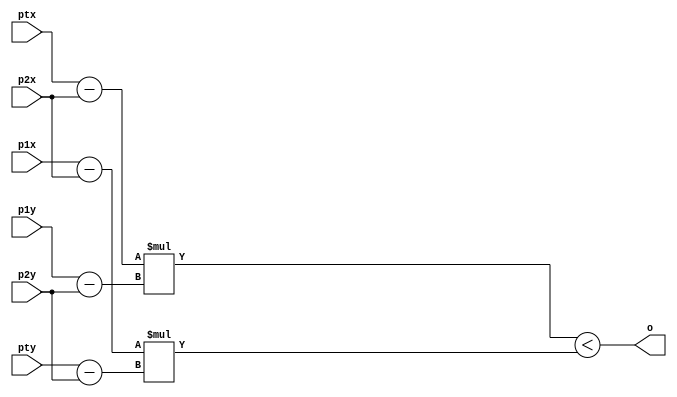
// Trabalho 7 - Update
module sign(
	input [11:0]ptx,
	input [11:0]pty,
	input [11:0]p1x,
	input [11:0]p1y,
	input [11:0]p2x,
	input [11:0]p2y,
	output o
	);
	wire signed [11:0] a1;
	wire signed [11:0] a2;
	wire signed [11:0] a3;
	wire signed [11:0] a4;
	wire signed [23:0] m1;
	wire signed [23:0] m2;

	assign a1 = ptx - p2x;
	assign a2 = p1y - p2y;
	assign a3 = p1x - p2x;
	assign a4 = pty - p2y;
	assign m1 = a1 * a2;
	assign m2 = a3 * a4;
	assign o = m1 < m2;

endmodule

module ROM(
	input [4:0]end_triangulo,
	output [11:0]p1x,
	output [11:0]p1y,
	output [11:0]p2x,
	output [11:0]p2y,
	output [11:0]p3x,
	output [11:0]p3y
);

	reg [11:0]p1x_r;
	reg [11:0]p1y_r;
	reg [11:0]p2x_r;
	reg [11:0]p2y_r;
	reg [11:0]p3x_r;
	reg [11:0]p3y_r;

	assign p1x = p1x_r;
	assign p1y = p1y_r;
	assign p2x = p2x_r;
	assign p2y = p2y_r;
	assign p3x = p3x_r;
	assign p3y = p3y_r;

	always @(end_triangulo) begin
		case(end_triangulo)
			0:begin
				p1x_r <= 23;
				p1y_r <= 79;
				p2x_r <= 15;
				p2y_r <= 68;
				p3x_r <= 36;
				p3y_r <= 94;
			end
			1:begin
				p1x_r <= 23;
				p1y_r <= 34;
				p2x_r <= 55;
				p2y_r <= 31;
				p3x_r <= 96;
				p3y_r <= 45;
			end
			2:begin
				p1x_r <= 77;
				p1y_r <= 32;
				p2x_r <= 15;
				p2y_r <= 88;
				p3x_r <= 36;
				p3y_r <= 46;
			end
		endcase
	end
	
endmodule
module video_1(
	input clk,
	input w,
	input [11:0]end_x,
	input [11:0]end_y,
	input data,
	output saida
);
	
	reg memoria_video_1 [0:479] [0:639];
	reg saida_r;
	assign saida = memoria_video_1 [end_x][end_y];
	always @(posedge clk)begin
		if (w == 1) memoria_video_1 [end_x][end_y] = data;
		//$display("Gravou");
		
	end
endmodule
//module newTrab7(input CLOCK_50);
module newTrab7;
	
	reg clk = 0;
	reg write = 1;

	reg [11:0]p1x;
	reg [11:0]p1y;
	reg [11:0]p2x;
	reg [11:0]p2y;
	reg [11:0]p3x;
	reg [11:0]p3y;
	
	reg [11:0]ptx;
	reg [11:0]pty;

	reg [11:0]i;
	reg [11:0]j;
	
	wire [11:0]ptx_w;
	wire [11:0]pty_w;
	wire [11:0]p1x_w;
	wire [11:0]p1y_w;
	wire [11:0]p2x_w;
	wire [11:0]p2y_w;
	wire [11:0]p3x_w;
	wire [11:0]p3y_w;	

	reg [3:0]count = 0;
	reg [4:0]end_triangulo = 0;
	wire P1, P2, P3;
	reg saida;
	wire data;

	reg pode_ler = 0;

	sign Pt1(ptx, pty, p1x, p1y, p2x, p2y, P1);
	sign Pt2(ptx, pty, p2x, p2y, p3x, p3y, P2);
	sign Pt3(ptx, pty, p3x, p3y, p1x, p1y, P3);
	ROM R(end_triangulo, p1x_w, p1y_w, p2x_w, p2y_w, p3x_w, p3y_w);
	video_1 V(clk, write, i, j, saida, data);

	always #1 clk = ~clk;
	always @(posedge clk)begin
	//always @(posedge CLOCK_50) begin
		case(count)
			0:begin
				end_triangulo <= 0;
				count <= 1;
			end
			1: begin
				$display (" Triangulo %d", end_triangulo);
				p1x <= p1x_w;
				p1y <= p1y_w;
				p2x <= p2x_w;
				p2y <= p2y_w;
				p3x <= p3x_w;
				p3y <= p3y_w;	

				i <= 0;
				j <= 0;
				count <= 2;
				if (end_triangulo > 2) write <= 0;
				else write <= 1;
			end

			
			2: begin
				if (i < 480)begin
					count <= 3;
					j <= 0;
					
				end
		    		else count <= 4;
			end
			3: begin
				if (j < 640)begin
					//$display (" i = %d - j = %d" , i , j);
					//$display ("grava = %d" ,saida);
					// sempe alterar aqui (dentro for)
					ptx <= i;
					pty <= j;
					saida <= P1 == P2 & P2 == P3;
					if (pode_ler == 1) $display("data : %d", data);	
					//altera at aqui (dentro for)
					j <= j + 1;
					count <= 3;	
				end
				else begin
					i <= i + 1;
					count = 2;
				end
			end
			4: begin
				count <= 5;
				write <= 0;
			end


			5: begin
				if (pode_ler == 0) pode_ler <= 1;
				end_triangulo <= end_triangulo + 1;
				count <= 6;
			end
			6:begin
				if (end_triangulo > 3) $finish;
				else count <= 1;
			end
			
		endcase
	end	

endmodule